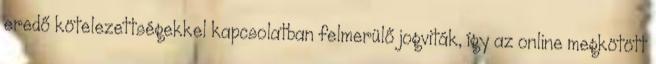
eredő kötelezettségekkel kapcsolatban felmerülő jogviták, így az online megkötött